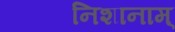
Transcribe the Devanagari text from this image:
निशानाम्